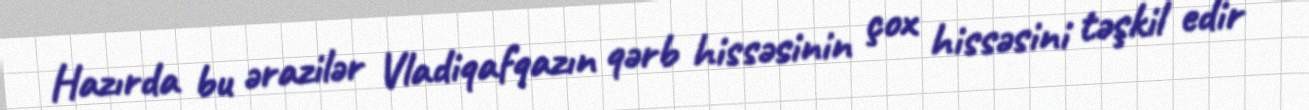
Hazırda bu ərazilər Vladiqafqazın qərb hissəsinin çox hissəsini təşkil edir